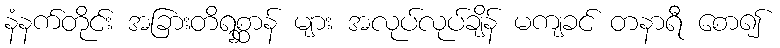
နံနက်တိုင်း အခြားတိရစ္ဆာန် များ အလုပ်လုပ်ချိန် မကျခင် တနာရီ စော၍